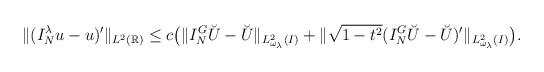
LaTeX: \begin{align*} & \| (I_{N}^{\lambda} u-u)'\|_{L^2(\mathbb R)}\le c\big(\|I_N^G \breve U-\breve U\|_{L^2_{\omega_\lambda}(I)} + \| \sqrt{1-t^2} (I_N^G \breve U-\breve U)'\|_{L^2_{\omega_\lambda}(I)} \big).\end{align*}